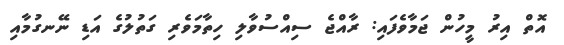
އޮތް އިރު މީހުން ޖަމާވެފައި: ރާއްޖެ ސިއްސުވާލި ހިތާމަވެރި ގަތުލުގެ އަޑި ނޭނގުމާއި